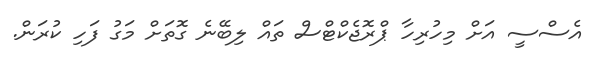
އެސްސީ އަށް މިހުރިހާ ޕްރޮޖެކްޓްސް ތައް ލިބޭނެ ގޮތަށް މަގު ފަހި ކުރަން.